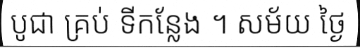
បូជា គ្រប់ ទីកន្លែង ។ សម័យ ថ្ងៃ